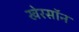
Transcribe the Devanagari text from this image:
खेरसॉन